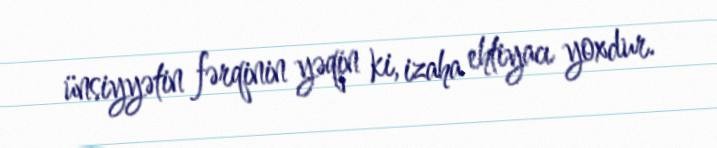
ünsiyyətin fərqinin yəqin ki, izaha ehtiyacı yoxdur.